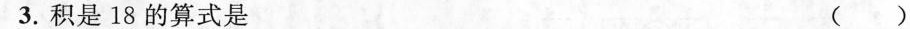
3. 积是18 的算式是 ( )